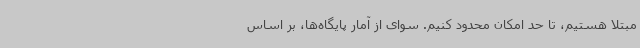
مبتلا هستیم، تا حد امکان محدود کنیم. سوای از آمار پایگاه‌ها، بر اساس